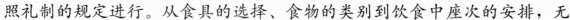
照礼制的规定进行。从食具的选择、食物的类别到饮食中座次的安排，无